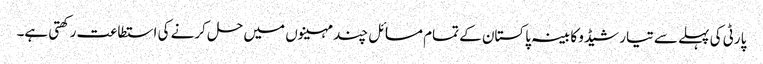
پارٹی کی پہلے سے تیار شیڈو کابینہ پاکستان کے تمام مسائل چند مہینوں میں حل کرنے کی استطاعت رکھتی ہے۔